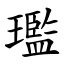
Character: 璼